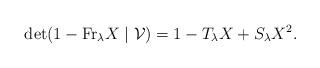
LaTeX: \begin{align*} \det(1-\mathrm{Fr}_\lambda X\mid\mathcal{V})=1-T_\lambda X+S_\lambda X^2. \end{align*}